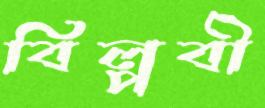
বিল্পবী